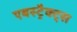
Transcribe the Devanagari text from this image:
एबस्ट्रैक्ट्स